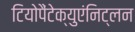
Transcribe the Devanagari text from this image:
टियोपैंटेक्युएंनिट्लन